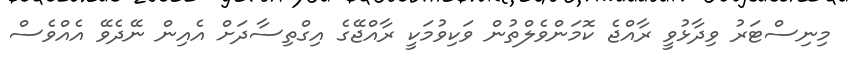
މިނިސްޓަރު ވިދާޅުވީ ރާއްޖެ ކޮމަންވެލްތުން ވަކިވުމަކީ ރާއްޖޭގެ އިގްތިސާދަށް އެއިން ނޭދެވޭ އެއްވެސް